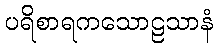
ပရိစာရကသောဠသာနံ